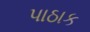
પાઠાક